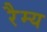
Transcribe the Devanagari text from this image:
रैम्य